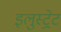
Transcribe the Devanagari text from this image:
इलुस्ट्रेट